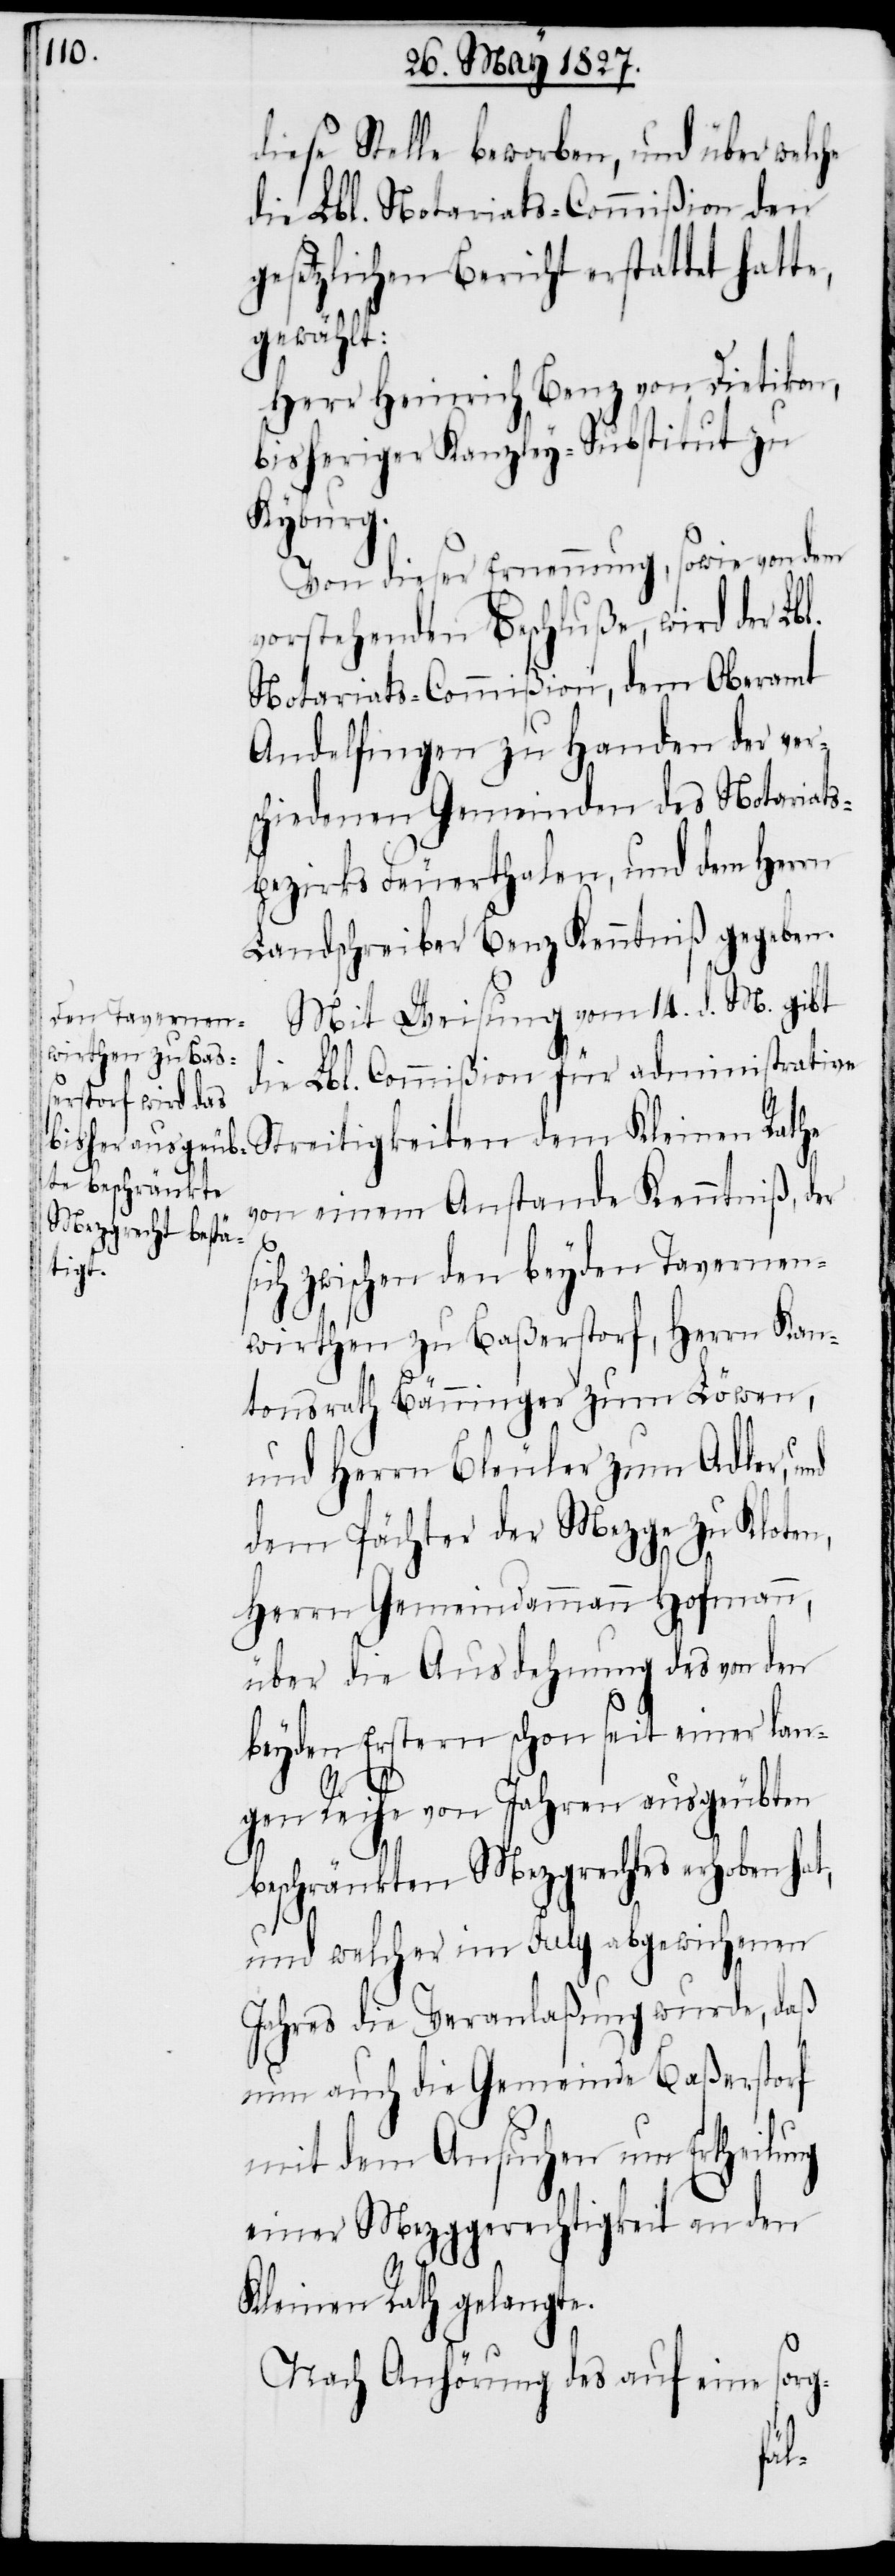
diese Stelle beworben, und über welche
die Lbl. Notariats-Commißion den
gesetzlichen Bericht erstattet hat¬
gewählt:
Herr Heinrich Benz von Dietikon,
bisheriger Kanzley-Substitut zu
Kyburg.
Von dieser Ernennung, sowie von dem
vorstehenden Beschluße, wird der Lbl.
Notariats-Commißion, dem Oberamt
Andelfingen zu Handen der ver¬
schiedenen Gemeinden des Notariats¬
bezirks Feuerthalen, und dem Herrn
Landschreiber Benz Kenntniß gegeben.
Mit Weisung vom 14. d. M. gibt
die Lbl. Commißion für administrative
Streitigkeiten dem Kleinen Rathe
von einem Anstande Kenntniß, der
sich zwischen den beyden Tavernen¬
wirthen zu Baßerstorf, Herrn Kan¬
tonsrath Bänninger zum Löwen,
und Herrn Bleuler zum Adler, und
dem Pächter der Mezge zu Kloten,
Herrn Gemeindammann Hofmann,
über die Ausdehnung des von den
beyden Erstern schon seit einer lan¬
gen Reihe von Jahren ausgeübten
te,
beschränkten Mezgrechtes erhoben hat,
und welcher im July abgewichenen
Jahres die Veranlaßung wurde, daß
nun auch die Gemeinde Baßerstorf
mit dem Ansuchen um Ertheilung
einer Mezggerechtigkeit an den
Kleinen Rath gelangte.
Nach Anhörung des auf eine
sorg-